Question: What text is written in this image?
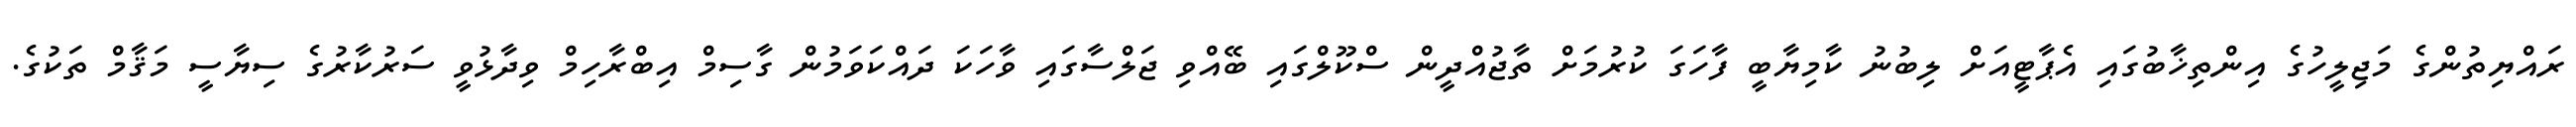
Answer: ރައްޔިތުންގެ މަޖިލީހުގެ އިންތިޚާބުގައި އެޕާޓީއަށް ލިބުނު ކާމިޔާބީ ފާހަގަ ކުރުމަށް ތާޖުއްދީން ސްކޫލްގައި ބޭއްވި ޖަލްސާގައި ވާހަކަ ދައްކަވަމުން ގާސިމް އިބްރާހިމް ވިދާޅުވީ ސަރުކާރުގެ ސިޔާސީ މަޤާމް ތަކުގެ.